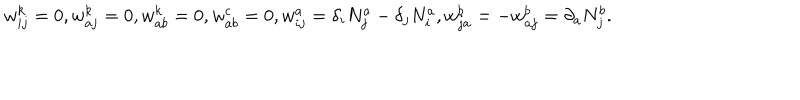
w _ { i j } ^ { k } = 0 , w _ { a j } ^ { k } = 0 , w _ { a b } ^ { k } = 0 , w _ { a b } ^ { c } = 0 , w _ { i j } ^ { a } = \delta _ { i } N _ { j } ^ { a } - \delta _ { j } N _ { i } ^ { a } , w _ { j a } ^ { b } = - w _ { a j } ^ { b } = \partial _ { a } N _ { j } ^ { b } .